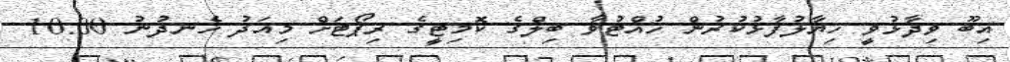
އިބޫ ވިދާޅުވީ ހިޔާލުފާޅުކުރުން ހުއްޓުވާ ބިލްގެ ކޮމިޓީގެ ރިޕޯޓަށް މިއަދު ހެނދުނު 10:00